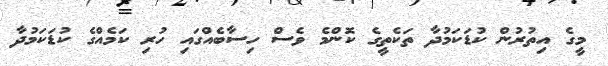
މީގެ އިތުރުން ކުޑަކަމުދާ ތަކެތީގެ ކޮންމެ ވެސް ހިސާބެއްގައި ހުރި ކަމެއްގެ ކުޑަކަމުދާ